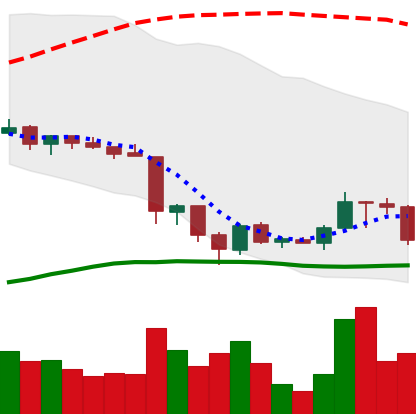
Ticker: TRX-USD
Chart end date: 2018-06-22
Forward return: -9.618%
Label: down_7plus